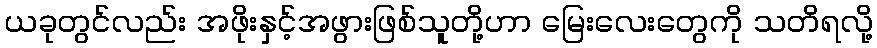
ယခုတွင်လည်း အဖိုးနှင့်အဖွားဖြစ်သူတို့ဟာ မြေးလေးတွေကို သတိရလို့